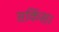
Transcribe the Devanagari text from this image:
सर्किस।